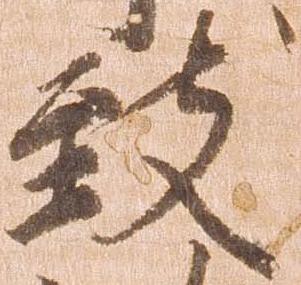
致